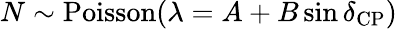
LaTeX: N\sim\mathrm{Poisson}(\lambda=A+B\sin\delta_{\mathrm{CP}})